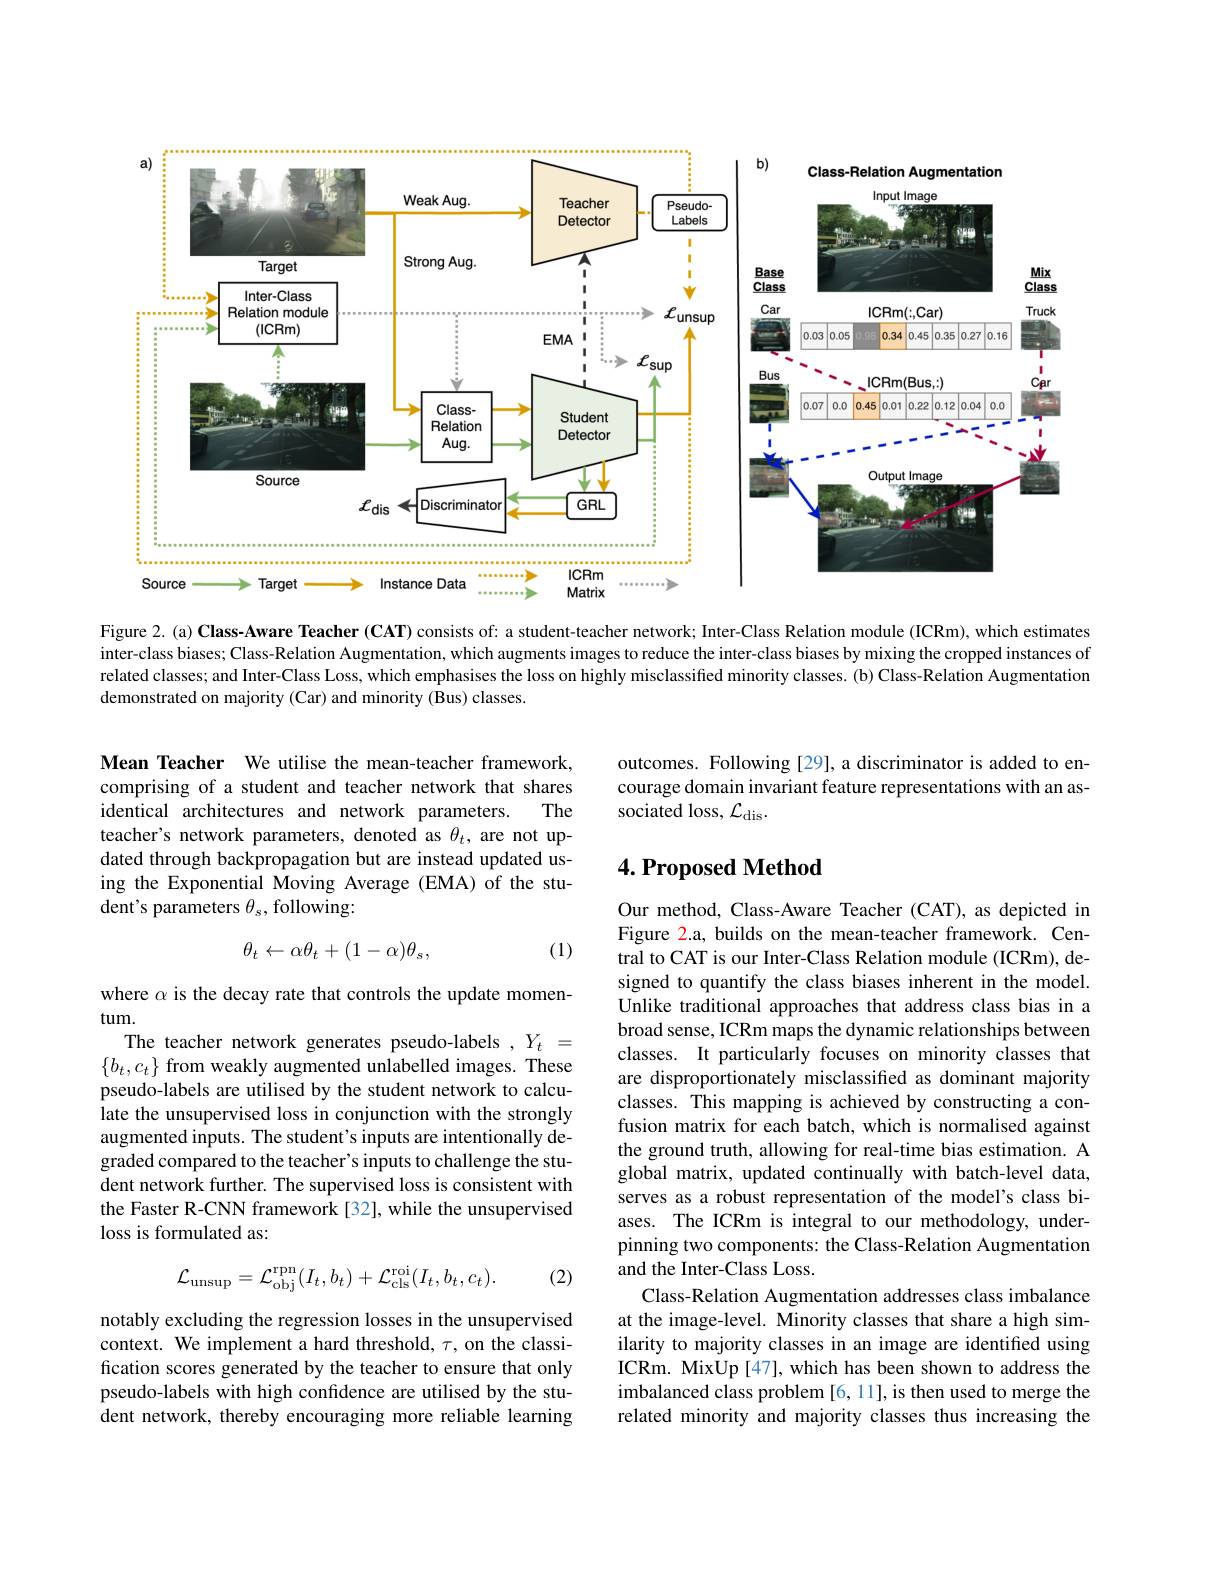
<FigureHere>

Figure 2. (a) Class-Aware Teacher (CAT) consists of: a student-teacher network; Inter-Class Relation module (ICRm), which estimates

inter-class biases; Class-Relation Augmentation, which augments images to reduce the inter-class biases by mixing the cropped instances of related classes; and Inter-Class Loss, which emphasises the loss on highly misclassified minority classes. (b) Class-Relation Augmentation demonstrated on majority (Car) and minority (Bus) classes

outcomes. Following [29], a discriminator is added to encourage domain invariant feature representations with an associated loss, $\mathcal{L}_\mathrm{dis}.$

Mean Teacher We utilise the mean-teacher framework, comprising of a student and teacher network that shares
The
identical architectures and network parameters.
teacher's network parameters, denoted as $\theta_t$, are not updated through backpropagation but are instead updated using the Exponential Moving Average (EMA) of the student's parameters $\theta_s$, following:

## $4. \textbf{Proposed Method}$
$$\theta_t\leftarrow\alpha\theta_t+(1-\alpha)\theta_s,$$
(1)

where $\alpha$ is the decay rate that controls the update momen-
tum.
The teacher network generates pseudo-labels , $Y_t=$ $\{b_t,c_t\}$ from weakly augmented unlabelled images. These pseudo-labels are utilised by the student network to calculate the unsupervised loss in conjunction with the strongly augmented inputs. The student's inputs are intentionally degraded compared to the teacher's inputs to challenge the student network further. The supervised loss is consistent with the Faster R-CNN framework[32], while the unsupervised loss is formulated as:

Our method, Class-Aware Teacher (CAT), as depicted in Figure 2.a, builds on the mean-teacher framework. Central to CAT is our Inter-Class Relation module (ICRm), designed to quantify the class biases inherent in the model. Unlike traditional approaches that address class bias in a broad sense, ICRm maps the dynamic relationships between classes. It particularly focuses on minority classes that are disproportionately misclassified as dominant majority classes. This mapping is achieved by constructing a confusion matrix for each batch, which is normalised against the ground truth, allowing for real-time bias estimation. A global matrix, updated continually with batch-level data, serves as a robust representation of the model's class biases. The ICRm is integral to our methodology, underpinning two components: the Class-Relation Augmentation and the Inter-Class Loss.
Class-Relation Augmentation addresses class imbalance at the image-level. Minority classes that share a high similarity to majority classes in an image are identiffed using ICRm. MixUp[47], which has been shown to address the imbalanced class problem [6,11], is then used to merge the related minority and majority classes thus increasing the

(2)
$$\mathcal{L}_{\mathrm{unsup}}=\mathcal{L}_{\mathrm{obj}}^{\mathrm{rpn}}(I_{t},b_{t})+\mathcal{L}_{\mathrm{cls}}^{\mathrm{roi}}(I_{t},b_{t},c_{t}).$$
notably excluding the regression losses in the unsupervised context. We implement a hard threshold, $\tau$, on the classification scores generated by the teacher to ensure that only pseudo-labels with high confidence are utilised by the student network, thereby encouraging more reliable learning